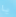
يا